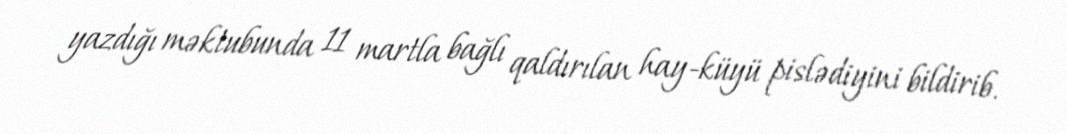
yazdığı məktubunda 11 martla bağlı qaldırılan hay-küyü pislədiyini bildirib.